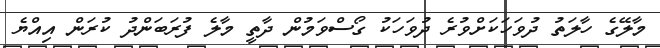
މާލޭގެ ހާލަތު ދުވަހަކަށްވުރެ ދުވަހަކު ގޯސްވަމުން ދާތީ މާލެ ފުރަބަންދު ކުރަން އިއްޔެ